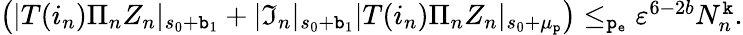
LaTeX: \begin{array}{r}{\left(|T(i_{n})\Pi_{n}Z_{n}|_{s_{0}+\mathtt{b}_{1}}+|\mathfrak{I}_{n}|_{s_{0}+\mathtt{b}_{1}}|T(i_{n})\Pi_{n}Z_{n}|_{s_{0}+\mu_{\mathtt{p}}}\right)\le_{\mathtt{p_{e}}}\varepsilon^{6-2b}N_{n}^{\mathtt{k}}.}\end{array}